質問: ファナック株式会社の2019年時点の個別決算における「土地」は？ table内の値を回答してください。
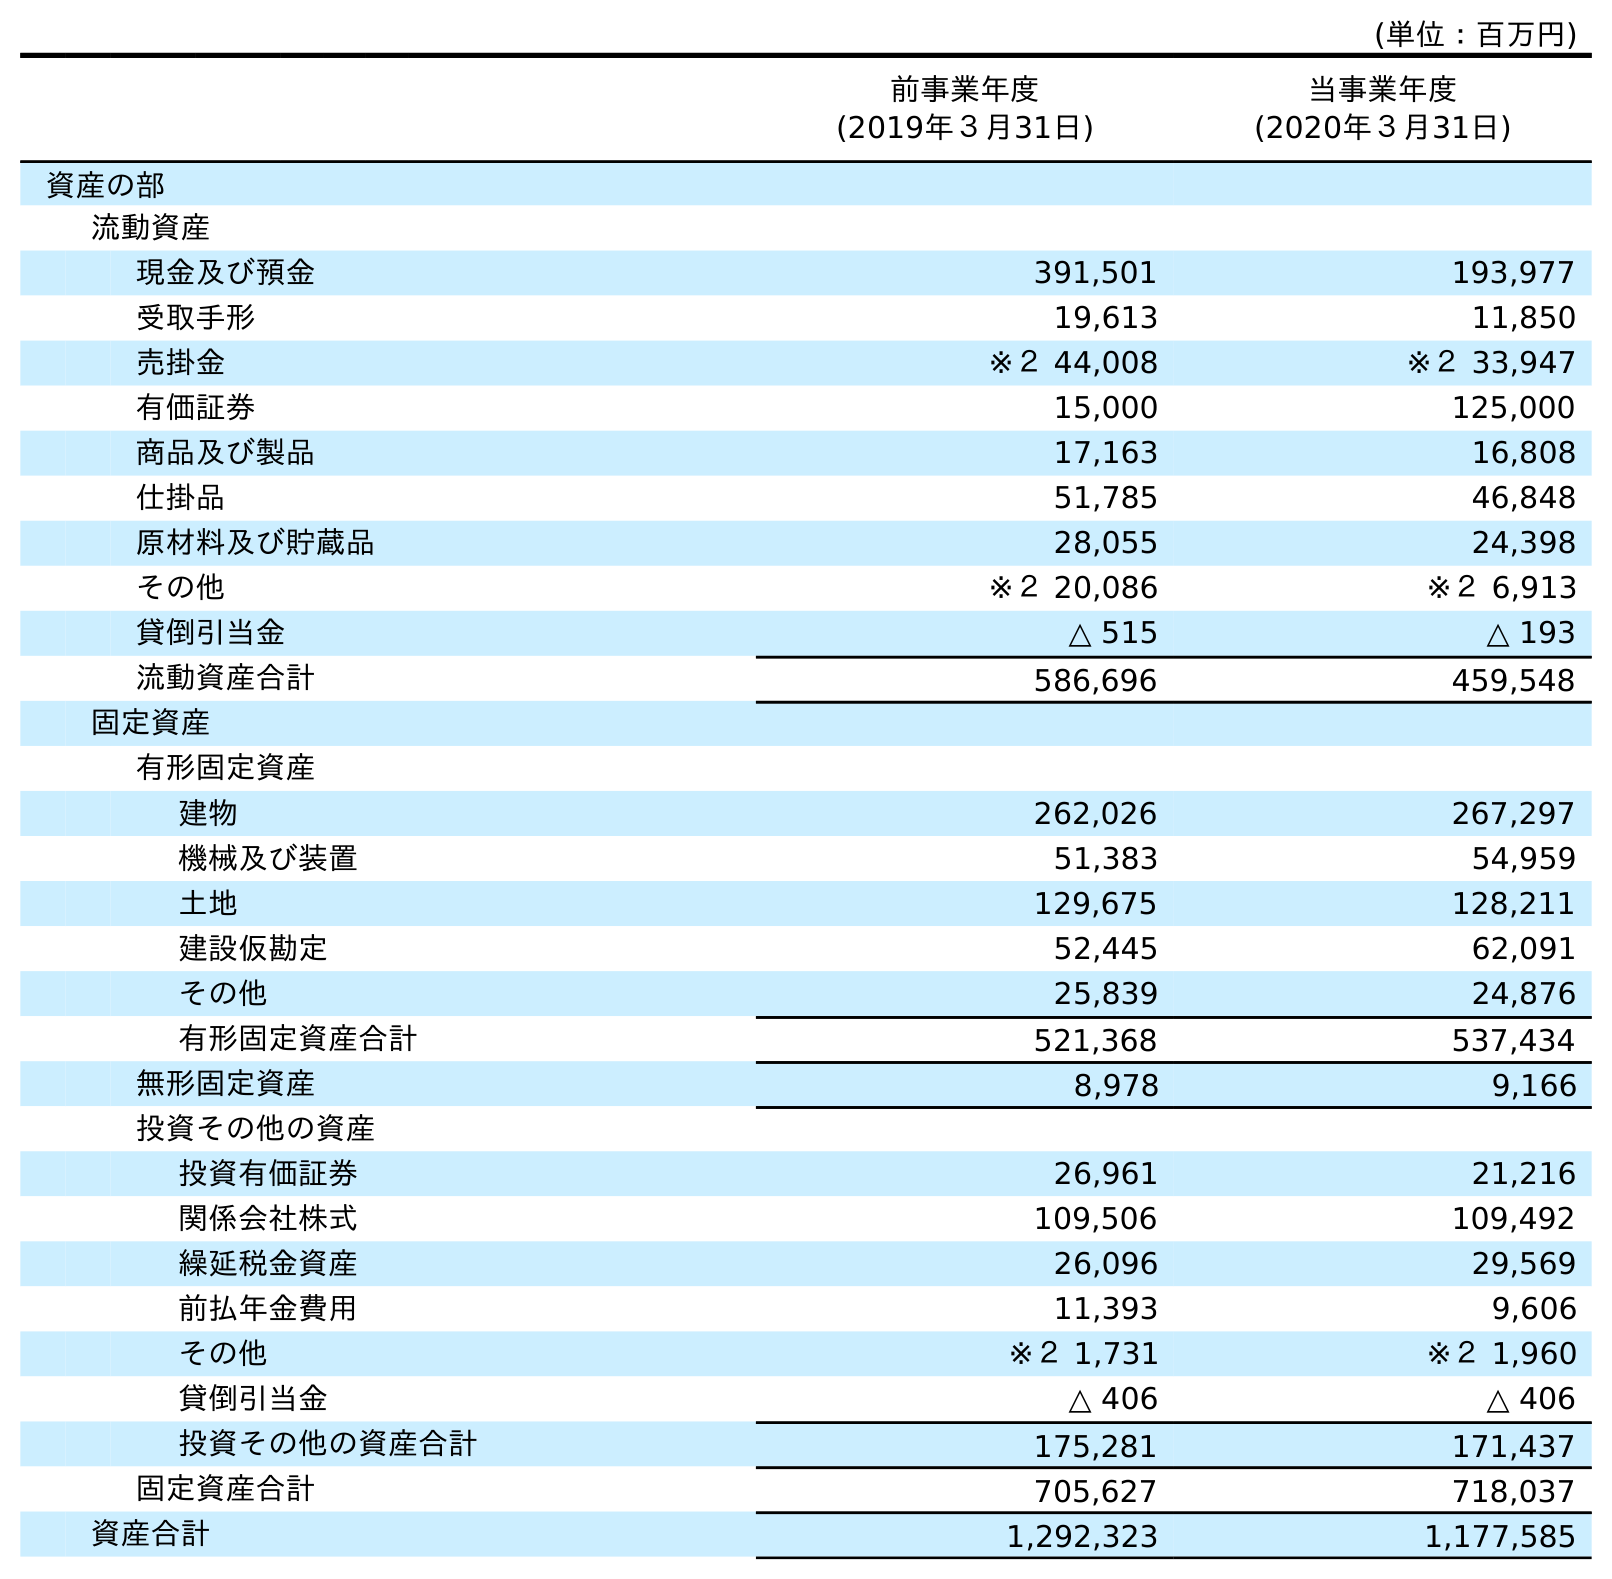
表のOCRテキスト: (単位：百万円) 前事業年度 (2019年３月31日) 当事業年度 (2020年３月31日) 資産の部 流動資産 現金及び預金 391,501 193,977 受取手形 19,613 11,850 売掛金 ※２ 44,008 ※２ 33,947 有価証券 15,000 125,000 商品及び製品 17,163 16,808 仕掛品 51,785 46,848 原材料及び貯蔵品 28,055 24,398 その他 ※２ 20,086 ※２ 6,913 貸倒引当金 △ 515 △ 193 流動資産合計 586,696 459,548 固定資産 有形固定資産 建物 262,026 267,297 機械及び装置 51,383 54,959 土地 129,675 128,211 建設仮勘定 52,445 62,091 その他 25,839 24,876 有形固定資産合計 521,368 537,434 無形固定資産 8,978 9,166 投資その他の資産 投資有価証券 26,961 21,216 関係会社株式 109,506 109,492 繰延税金資産 26,096 29,569 前払年金費用 11,393 9,606 その他 ※２ 1,731 ※２ 1,960 貸倒引当金 △ 406 △ 406 投資その他の資産合計 175,281 171,437 固定資産合計 705,627 718,037 資産合計 1,292,323 1,177,585
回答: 129,675